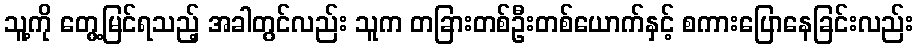
သူ့ကို တွေ့မြင်ရသည့် အခါတွင်လည်း သူက တခြားတစ်ဦးတစ်ယောက်နှင့် စကားပြောနေခြင်းလည်း